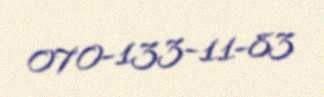
070-133-11-83